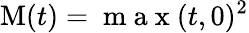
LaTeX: \mathrm{M}(t)=\mathrm{~m~a~x~}(t,0)^{2}